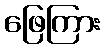
ဖြေကြား